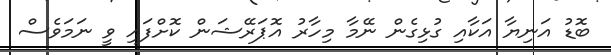
ބޮޑު އަނިޔާ އަކާއި ގުޅިގެން ނޭމާ މިހާރު އޮޕަރޭޝަން ކޮށްފައި ވީ ނަމަވެސް